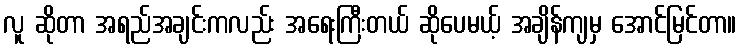
လူ ဆိုတာ အရည်အချင်းကလည်း အရေးကြီးတယ် ဆိုပေမယ့် အချိန်ကျမှ အောင်မြင်တာ။